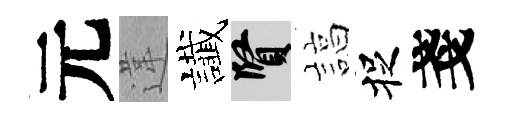
元違䜟賢諄捉戔